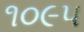
૧૦૯૫